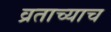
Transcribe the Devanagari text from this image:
व्रताच्याच